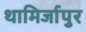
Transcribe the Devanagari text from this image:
थामिर्जापुर